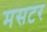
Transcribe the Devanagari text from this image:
मसटर